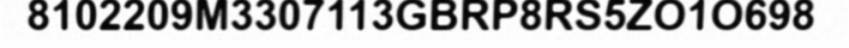
8102209M3307113GBRP8RS5ZO1O698